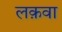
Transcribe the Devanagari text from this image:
लक़वा